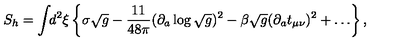
S _ { h } = \int \! \! d ^ { 2 } \xi \left\{ \sigma \sqrt { g } - \frac { 1 1 } { 4 8 \pi } ( \partial _ { a } \log \sqrt { g } ) ^ { 2 } - \beta \sqrt { g } ( \partial _ { a } t _ { \mu \nu } ) ^ { 2 } + \ldots \right\} ,